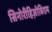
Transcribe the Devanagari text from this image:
सिनोरीहिज़ोबिएम